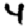
Digit: 4